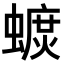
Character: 𧐚